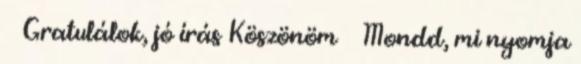
☺ Gratulálok, jó írás Köszönöm 🙂 Mondd, mi nyomja